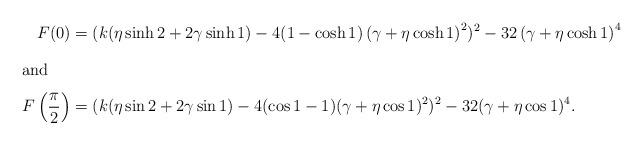
LaTeX: \begin{align*} F(0)&= (k(\eta \sinh 2 + 2 \gamma \sinh 1) - 4(1-\cosh 1)\left(\gamma + \eta \cosh 1\right)^2)^2-32 \left(\gamma + \eta \cosh 1\right)^4\intertext{and}F\left(\frac{\pi}{2}\right)&= (k(\eta \sin 2 + 2 \gamma \sin 1) - 4(\cos 1 - 1 )(\gamma +\eta \cos 1)^{2})^{2} - 32(\gamma +\eta \cos 1)^{4}. \end{align*}